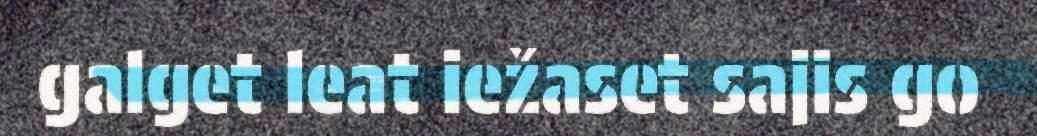
galget leat iežaset sajis go